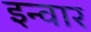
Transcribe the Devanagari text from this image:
इन्वार